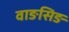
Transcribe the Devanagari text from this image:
वाङसिङ